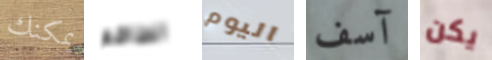
يمكنك الطاقم اليوم آسف يكن